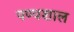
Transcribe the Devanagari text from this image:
पण्यशाल